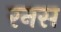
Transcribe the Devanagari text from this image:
रनस